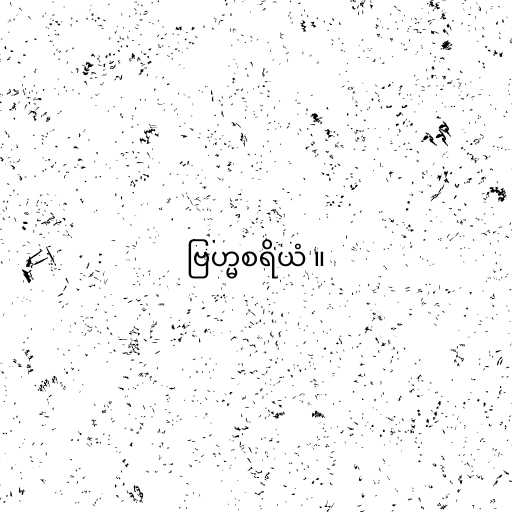
ဗြဟ္မစရိယံ ။